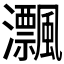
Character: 𤅜